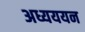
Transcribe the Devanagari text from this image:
अध्यययन